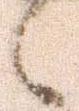
候